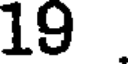
19